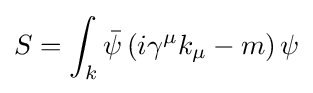
S=\int _{k}{\bar {\psi }}\left(i\gamma ^{\mu }k_{\mu }-m\right)\psi